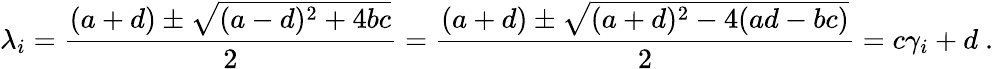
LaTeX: \lambda_{i}={\frac{(a+d)\pm{\sqrt{(a-d)^{2}+4bc}}}{2}}={\frac{(a+d)\pm{\sqrt{(a+d)^{2}-4(ad-bc)}}}{2}}=c\gamma_{i}+d\ .